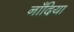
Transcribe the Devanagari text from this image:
नाँदिया